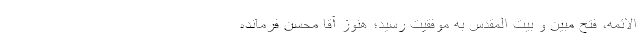
الائمه، فتح مبین و بیت المقدس به موفقیت رسید؛ هنوز آقا محسن فرمانده